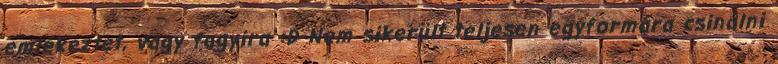
emlékeztet, vagy fagyira :D Nem sikerült teljesen egyformára csinálni